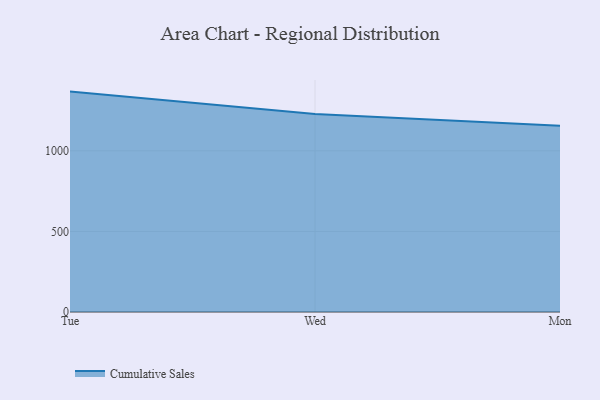
{"axis": {"x": "Day", "y": "Latency (ms)"}, "legend": ["Cumulative Sales"], "data": [{"x": "Tue", "y": 1367.8, "type": "Cumulative Sales"}, {"x": "Wed", "y": 1228.8, "type": "Cumulative Sales"}, {"x": "Mon", "y": 1155.2, "type": "Cumulative Sales"}]}